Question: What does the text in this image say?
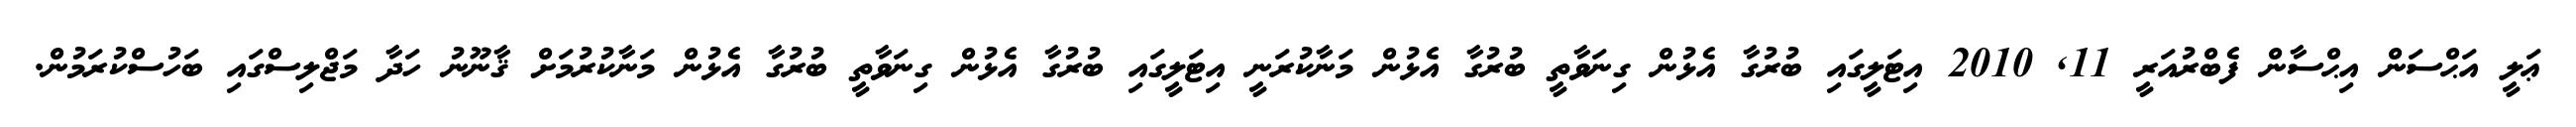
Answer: ޢަލީ އަޙްސަން އިޙްސާން ފެބްރުއަރީ 11, 2010 އިޓަލީގައި ބުރުގާ އެޅުން ގިނަވާތީ ބުރުގާ އެޅުން މަނާކުރަނީ އިޓަލީގައި ބުރުގާ އެޅުން ގިނަވާތީ ބުރުގާ އެޅުން މަނާކުރުމަށް ޤާނޫނު ހަދާ މަޖްލިސްގައި ބަހުސްކުރަމުން.